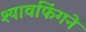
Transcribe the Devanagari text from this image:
श्यावफिंगने